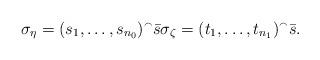
LaTeX: \begin{align*} \sigma_\eta = (s_1,\dots, s_{n_0})^\smallfrown \bar s \sigma_\zeta = (t_1, \dots, t_{n_1})^\smallfrown \bar s. \end{align*}